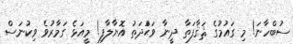
ސުބްހާނަ! މި ގައުމުގެ ޘަޤާފަތާ ދީނާ ވަޙްަދަތު އޮޔާލާފި! މީއަޅެ ގަމާރުވެ ވިކުނަސް